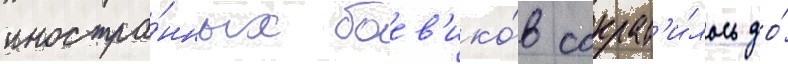
иностра́нных боев'ико́в сократ'и́лось до́